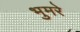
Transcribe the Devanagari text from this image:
भुमरे